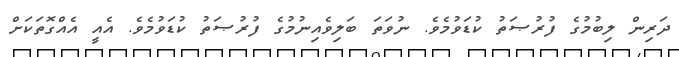
ދަރިން ލިބުމުގެ ފުރުޞަތު ކުޑަވުމެވެ. ނުވަތަ ބަލިވެއިނުމުގެ ފުރުޞަތު ކުޑަވުމެވެ. އެއީ އެއްގޮތަކަށް